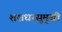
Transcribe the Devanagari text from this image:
शशधरसुमुखी